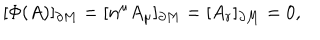
LaTeX: [ \Phi ( A ) ] _ { \partial M } = [ n ^ { \mu } A _ { \mu } ] _ { \partial M } = [ A _ { r } ] _ { \partial M } = 0 ,